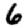
Digit: 6